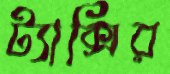
ট্যাক্সির